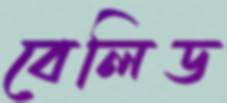
বেলিড